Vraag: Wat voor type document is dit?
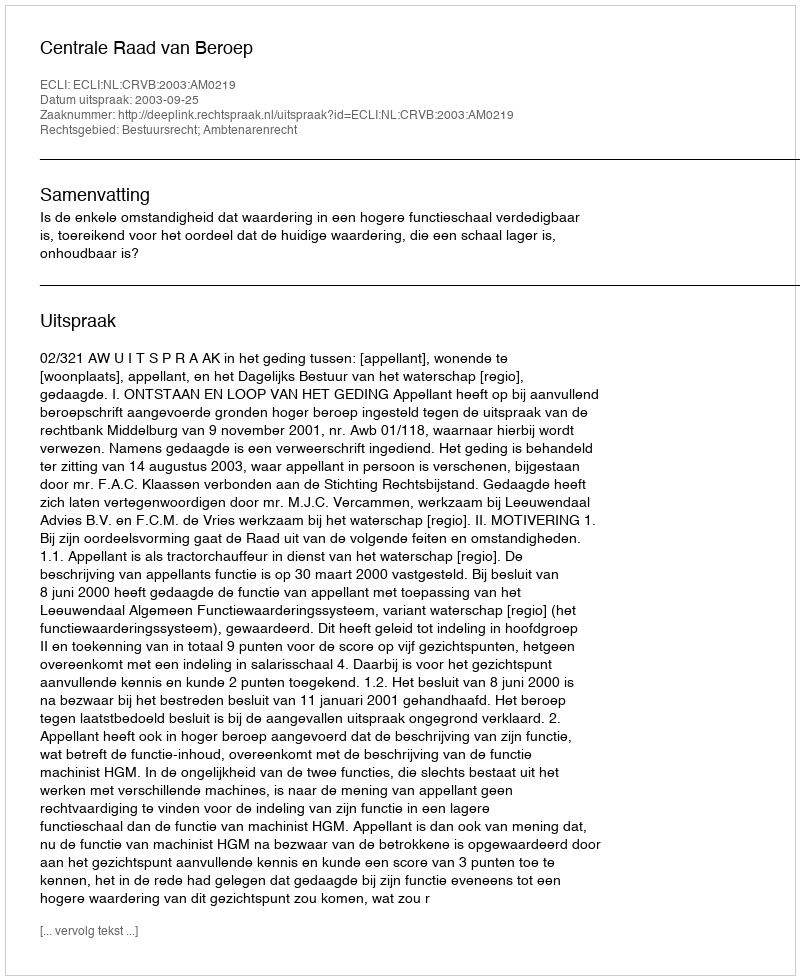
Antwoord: Uitspraak